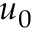
u _ { 0 }